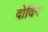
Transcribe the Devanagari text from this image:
दोदिग